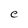
Character: e